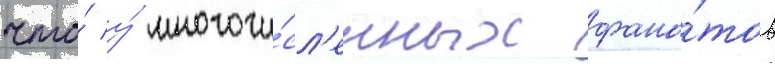
что́ у́ многочи́сл'енных фана́тов